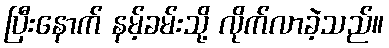
ပြီးနောက် နမ့်ခမ်းသို့ လိုက်လာခဲ့သည်။